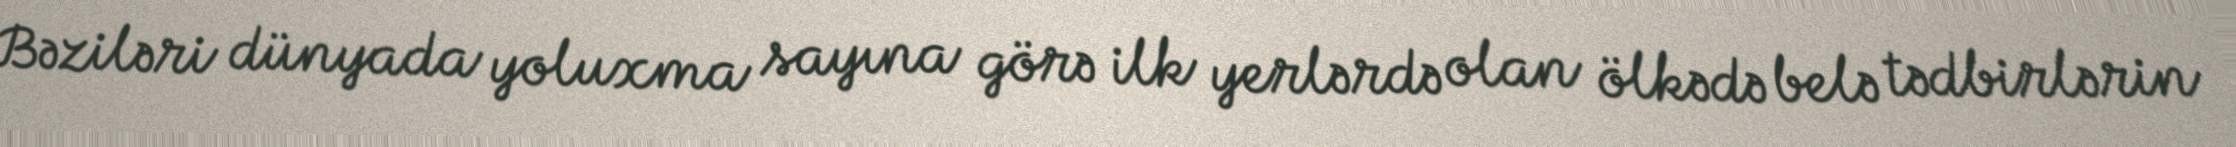
Bəziləri dünyada yoluxma sayına görə ilk yerlərdə olan ölkədə belə tədbirlərin